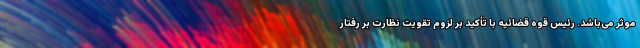
موثر می‌باشد. رئیس قوه قضائیه با تأکید بر لزوم تقویت نظارت بر رفتار